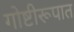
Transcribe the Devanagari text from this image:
गोष्टीरूपात